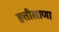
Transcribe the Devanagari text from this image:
हत्तीखाणा